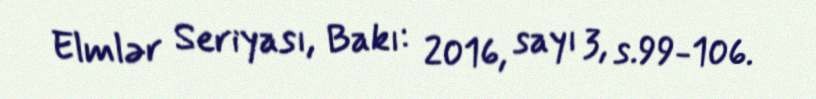
Elmlər Seriyası, Bakı: 2016, sayı 3, s.99-106.